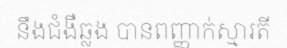
នឹងជំងឺឆ្លង បានពញ្ញាក់ស្មារតី